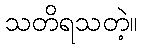
သတိရသတဲ့။